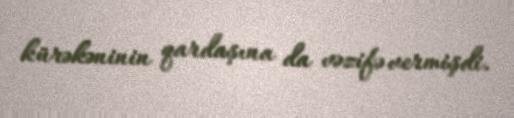
kürəkəninin qardaşına da vəzifə vermişdi.